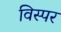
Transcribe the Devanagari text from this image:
विस्पर